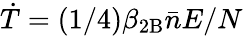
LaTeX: \dot{T}=(1/4)\beta_{\mathrm{2B}}\bar{n}E/N